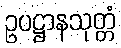
ဥပဋ္ဌာနသုတ္တံ